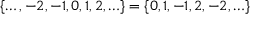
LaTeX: \{ \ldots , - 2 , - 1 , 0 , 1 , 2 , \ldots \} = \{ 0 , 1 , - 1 , 2 , - 2 , \ldots \}